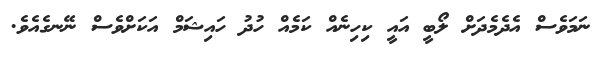
ނަމަވެސް އެދެމެދަށް ލޯބީ އައީ ކިހިނެއް ކަމެއް ހުދު ހައިޝަމް އަކަށްވެސް ނޭނގެއެވެ.